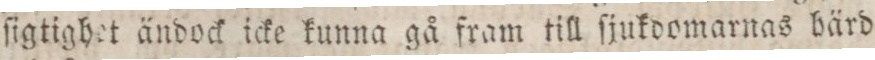
ſigtighet ändock icke kunna gå fram till ſjukdomarnas bärd